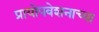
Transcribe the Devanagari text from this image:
प्रायोपवेशनाच्या